Source: Handwritten
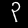
Digit: ၃ (3)